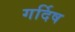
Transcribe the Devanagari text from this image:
गर्दिष